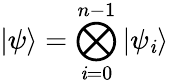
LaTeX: |\psi\rangle=\bigotimes_{\mathit{i}=0}^{n-1}|\psi_{\mathit{i}}\rangle